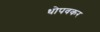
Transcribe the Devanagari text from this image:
धोपवकर